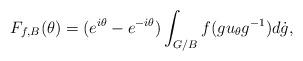
LaTeX: \begin{align*}F_{f,B}(\theta ) = (e^{i\theta }-e^{-i\theta }) \int_{G/B}f(gu_{\theta}g^{-1})d\dot{g} ,\end{align*}